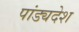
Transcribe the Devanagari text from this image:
पांड्यदेश